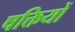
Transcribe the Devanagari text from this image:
षक्तियों